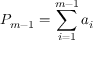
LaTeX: P _ { m - 1 } = \sum _ { i = 1 } ^ { m - 1 } a _ { i }